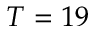
T = 1 9